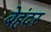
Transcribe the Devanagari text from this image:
बेहंदर